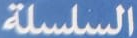
السلسلة